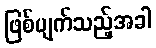
ဖြစ်ပျက်သည့်အခါ